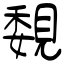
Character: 覣